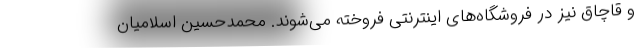
و قاچاق نیز در فروشگاه‌های اینترنتی فروخته می‌شوند. محمدحسین اسلامیان